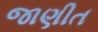
જાણીત